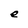
Character: e